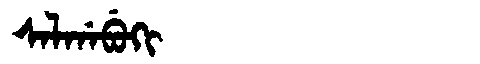
Manchu: ᠰᠠᠯᡤᠠᠪᡠᡴᡳ
Romanization: SALGABUKI